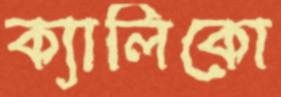
ক্যালিকো